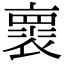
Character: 褱